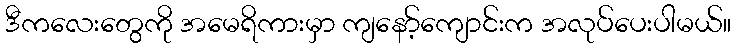
ဒီကလေးတွေကို အမေရိကားမှာ ကျနော့်ကျောင်းက အလုပ်ပေးပါမယ်။